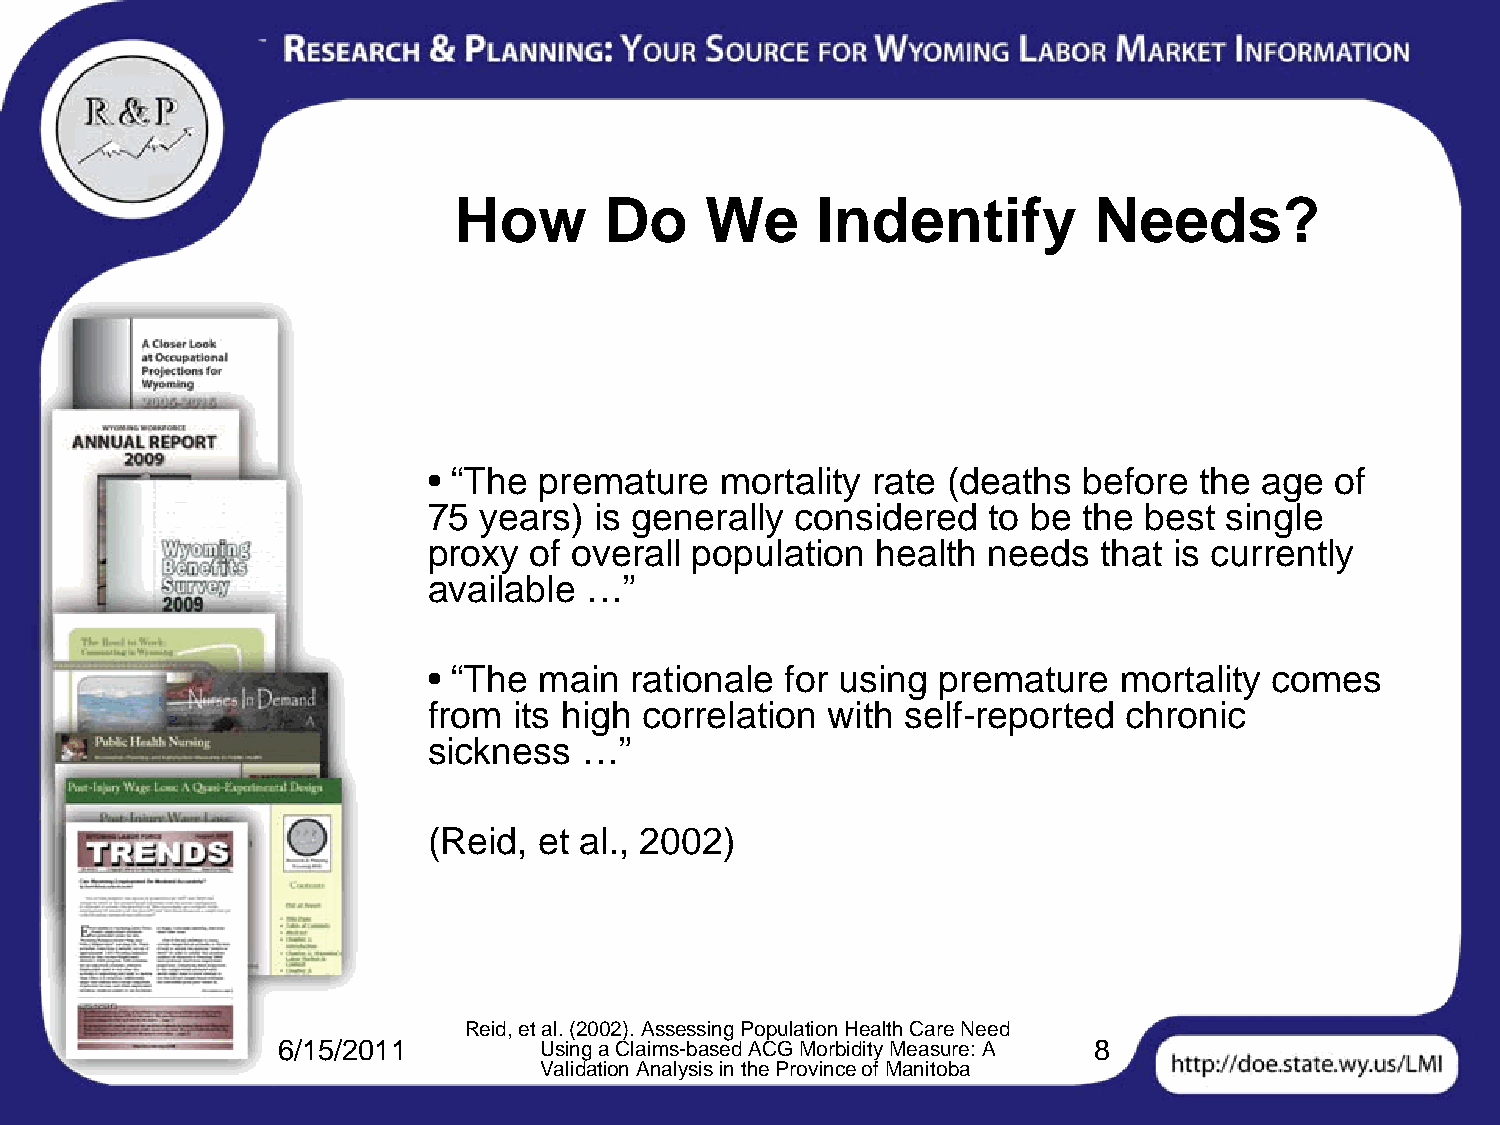
How       Do     We     Indentify         Needs?
 • “The  premature   mortality rate (deaths  before the age  of
 75  years) is generally  considered  to be  the best single
 proxy  of overall population  health needs   that is currently
 available  …”
 • “The  main  rationale for using premature   mortality comes
 from  its high correlation with self-reported chronic
 sickness  …”
 (Reid,  et al., 2002)
 Reid, et al. (2002). Assessing Population Health Care Need
 6/15/2011         Using a Claims-based ACG Morbidity Measure: A 8
 Validation Analysis in the Province of Manitoba